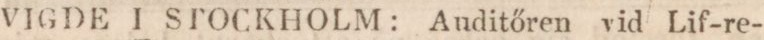
VIGDE I STOCKHOLM: Auditören vid Lif-re-